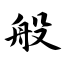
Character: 般